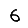
Digit: 6